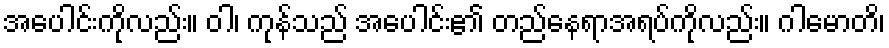
အပေါင်းကိုလည်း။ ဝါ၊ ကုန်သည် အပေါင်း၏ တည်နေရာအရပ်ကိုလည်း။ ဂါမောတိ၊